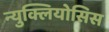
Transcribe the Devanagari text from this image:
न्युक्लियोसिस